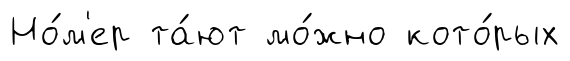
Но́м'ер та́ют мо́жно кото́рых